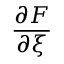
\frac { \partial F } { \partial \xi }